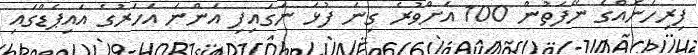
ފިރިހެނެއްގެ ނޭފަތުން 100 އަށްވުރެ ގިނަ ފުޅަ ނަގައިފި އަންނަ އަހަރުގެ އައިޕެޑްގައި